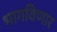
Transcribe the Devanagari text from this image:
भागविणार